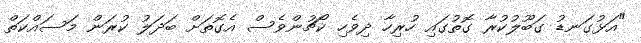
"އަޅުގަނޑު ގަބޫލުކުރާ ގޮތުގައި ހުރިހާ ދިވެހި ކޯޗުންވެސް އެގޮތަށް ބަދަލު ކުރަން މަސައްކަތް